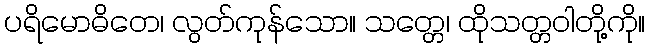
ပရိမောဓိတေ၊ လွတ်ကုန်သော။ သတ္တေ၊ ထိုသတ္တဝါတို့ကို။